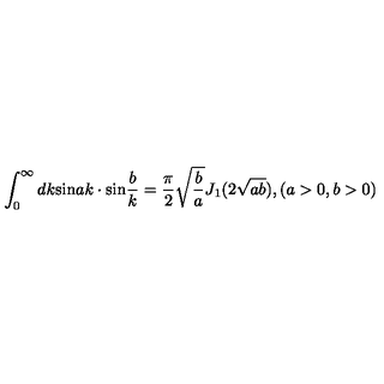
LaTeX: \int _ { 0 } ^ { \infty } d k \mathrm { s i n } a k \cdot \mathrm { s i n } \frac { b } { k } = \frac { \pi } { 2 } \sqrt { \frac { b } { a } } J _ { 1 } ( 2 \sqrt { a b } ) , ( a > 0 , b > 0 )